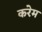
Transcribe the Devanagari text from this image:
करेम